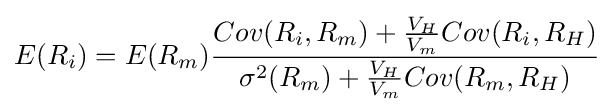
E(R_{i})=E(R_{m}){\frac {Cov(R_{i},R_{m})+{\frac {V_{H}}{V_{m}}}Cov(R_{i},R_{H})}{\sigma ^{2}(R_{m})+{\frac {V_{H}}{V_{m}}}Cov(R_{m},R_{H})}}